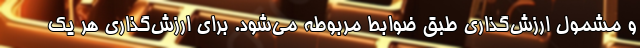
و مشمول ارزش‌گذاری طبق ضوابط مربوطه می‌شود. برای ارزش‌گذاری هر یک